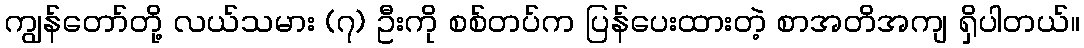
ကျွန်တော်တို့ လယ်သမား (၇) ဦးကို စစ်တပ်က ပြန်ပေးထားတဲ့ စာအတိအကျ ရှိပါတယ်။